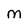
Character: M